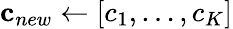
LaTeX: {\mathbf c}_{new}\gets[c_{1},\ldots,c_{K}]